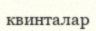
квинталар